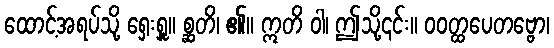
ထောင့်အရပ်သို့ ရှေးရှူ။ စ္ဆတိ၊ ၏။ ဣတိ ဝါ၊ ဤသို့၎င်း။ ဝဝတ္ထပေတဗ္ဗော၊